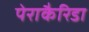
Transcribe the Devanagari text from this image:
पेराकैरिडा